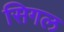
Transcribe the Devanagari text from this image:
सिगल